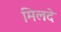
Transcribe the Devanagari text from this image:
मिलदे